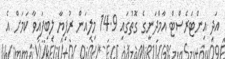
އަދި އިންޓަރެސްޓް އާމްދަނީގެ ގޮތުގައި 14.9 މިލިއަން ރުފިޔާ ލިބިފައިވާ ކަމަށް އެ